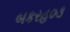
બકરહ૦૩